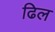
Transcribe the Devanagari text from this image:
ढिल